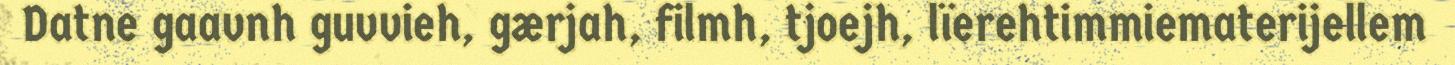
Datne gaavnh guvvieh, gærjah, filmh, tjoejh, lïerehtimmiematerijellem